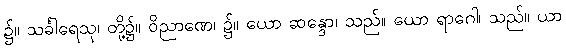
၌။ သင်္ခါရေသု၊ တို့၌။ ဝိညာဏေ၊ ၌။ ယော ဆန္ဒော၊ သည်။ ယော ရာဂေါ၊ သည်။ ယာ